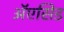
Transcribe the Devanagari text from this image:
ॲएसिड